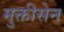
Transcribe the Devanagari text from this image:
मुक्तीसेन